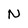
Character: N